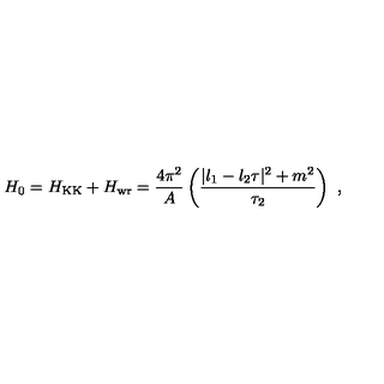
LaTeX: H _ { 0 } = H _ { \mathrm { K K } } + H _ { \mathrm { w r } } = { \frac { 4 \pi ^ { 2 } } { A } } \left( { \frac { | l _ { 1 } - l _ { 2 } \tau | ^ { 2 } + m ^ { 2 } } { \tau _ { 2 } } } \right) \ ,